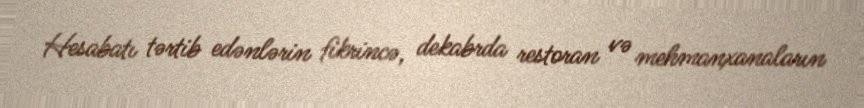
Hesabatı tərtib edənlərin fikrincə, dekabrda restoran və mehmanxanaların